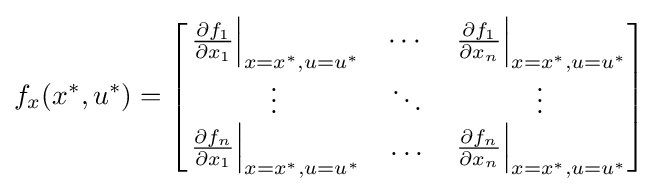
f_{x}(x^{*},u^{*})={\begin{bmatrix}\left.{\frac {\partial f_{1}}{\partial x_{1}}}\right|_{x=x^{*},u=u^{*}}&\cdots &\left.{\frac {\partial f_{1}}{\partial x_{n}}}\right|_{x=x^{*},u=u^{*}}\\\vdots &\ddots &\vdots \\\left.{\frac {\partial f_{n}}{\partial x_{1}}}\right|_{x=x^{*},u=u^{*}}&\ldots &\left.{\frac {\partial f_{n}}{\partial x_{n}}}\right|_{x=x^{*},u=u^{*}}\end{bmatrix}}